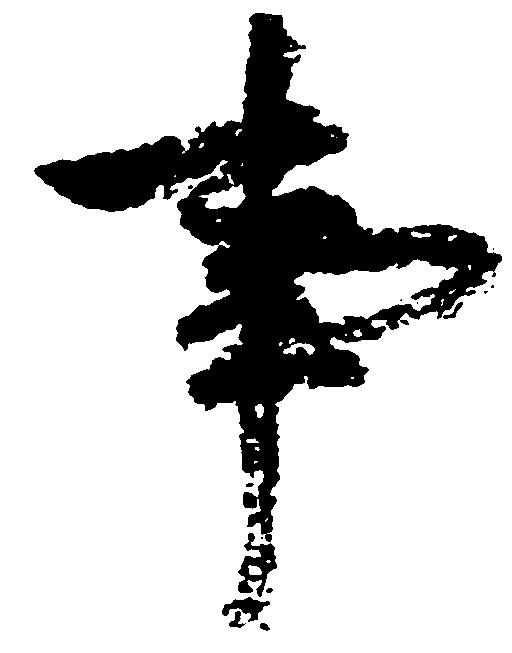
事